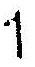
1